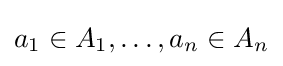
a_{1}\in A_{1},\ldots ,a_{n}\in A_{n}